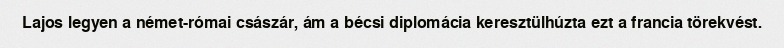
Lajos legyen a német-római császár, ám a bécsi diplomácia keresztülhúzta ezt a francia törekvést.